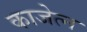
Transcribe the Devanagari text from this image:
काजेत्न